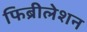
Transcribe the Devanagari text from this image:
फिब्रीलेशन